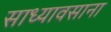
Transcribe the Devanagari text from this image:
साध्यावसाना